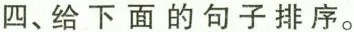
四、给下面的句子排序。